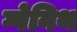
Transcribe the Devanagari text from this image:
ग्वेनिथ